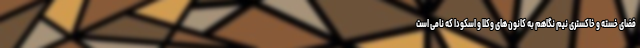
فضای خسته و خاکستری نیم نگاهم به کانون های وکلا و اسکودا که نامی است